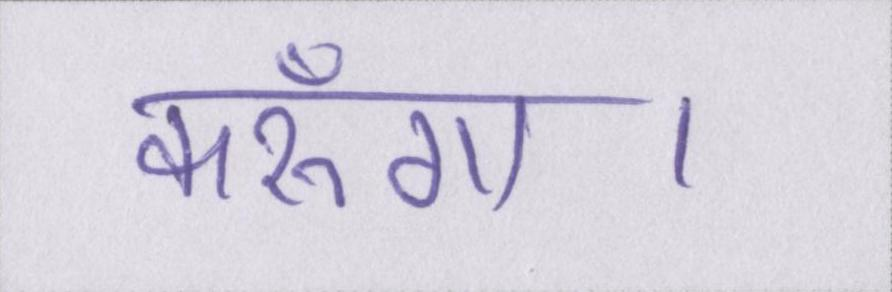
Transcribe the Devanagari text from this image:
करूँगा।